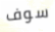
سوف